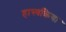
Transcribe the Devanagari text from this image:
हास्यक्रिया